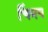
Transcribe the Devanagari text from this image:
चिंमय